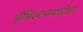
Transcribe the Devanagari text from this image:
हॅमिल्टनमधील